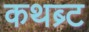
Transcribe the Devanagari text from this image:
कथब्र्ट